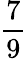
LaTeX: \frac{7}{9}